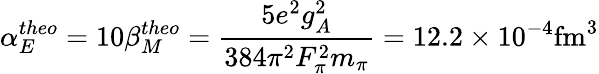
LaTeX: \alpha_{E}^{theo}=10\beta_{M}^{theo}={\frac{5e^{2}g_{A}^{2}}{384\pi^{2}F_{\pi}^{2}m_{\pi}}}=12.2\times 10^{-4}\mathrm{fm}^{3}